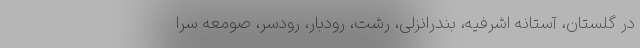
در گلستان، آستانه اشرفیه، بندرانزلی، رشت، رودبار، رودسر، صومعه سرا